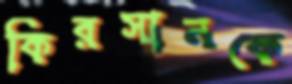
কিরসানকে